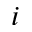
i